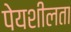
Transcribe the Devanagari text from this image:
पेयशीलता